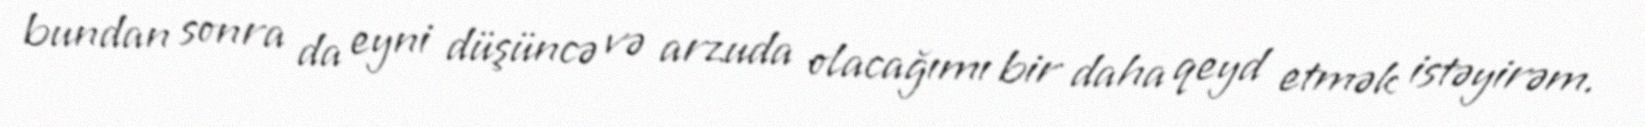
bundan sonra da eyni düşüncə və arzuda olacağımı bir daha qeyd etmək istəyirəm.